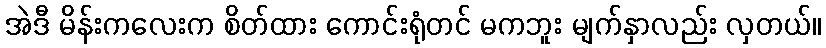
အဲဒီ မိန်းကလေးက စိတ်ထား ကောင်းရုံတင် မကဘူး မျက်နှာလည်း လှတယ်။